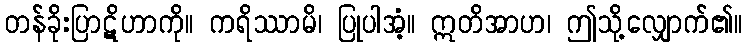
တန်ခိုးပြာဋိဟာကို။ ကရိဿာမိ၊ ပြုပါအံ့။ ဣတိအာဟ၊ ဤသို့လျှောက်၏။